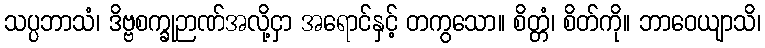
သပ္ပဘာသံ၊ ဒိဗ္ဗစက္ခုဉာဏ်အလို့ငှာ အရောင်နှင့် တကွသော။ စိတ္တံ၊ စိတ်ကို။ ဘာဝေယျာသိ၊